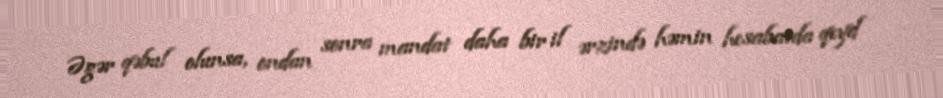
Əgər qəbul olunsa, ondan sonra mandat daha bir il ərzində həmin hesabatda qeyd